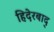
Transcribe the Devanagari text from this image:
हिदेरबाद्